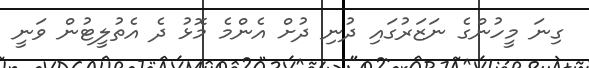
ގިނަ މީހުންގެ ނަޒަރުގައި ދުނި ދުށް އެންމެ މޮޅު ދެ އެތުލީޓުން ވަނީ